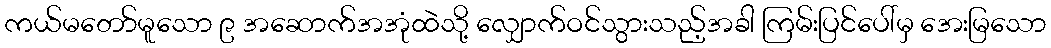
ကယ်မတော်မူသော ၉ အဆောက်အအုံထဲသို့ လျှောက်ဝင်သွားသည့်အခါ ကြမ်းပြင်ပေါ်မှ အေးမြသော